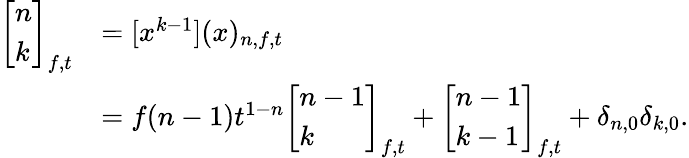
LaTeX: {\begin{array}{rl}{\left[{\begin{array}{l}{n}\\ {k}\end{array}}\right]_{f,t}}&{=[x^{k-1}](x)_{n,f,t}}\\ &{=f(n-1)t^{1-n}\left[{\begin{array}{l}{n-1}\\ {k}\end{array}}\right]_{f,t}+\left[{\begin{array}{l}{n-1}\\ {k-1}\end{array}}\right]_{f,t}+\delta_{n,0}\delta_{k,0}.}\end{array}}